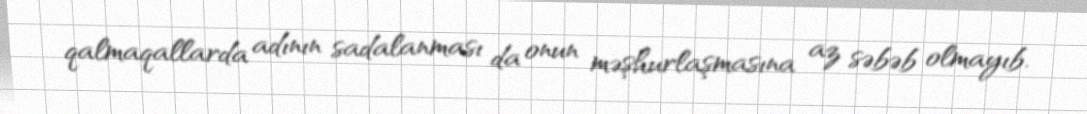
qalmaqallarda adının sadalanması da onun məşhurlaşmasına az səbəb olmayıb.